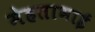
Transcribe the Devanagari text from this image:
मेहताभाई